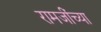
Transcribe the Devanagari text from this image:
रामजींच्या